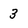
Character: 3